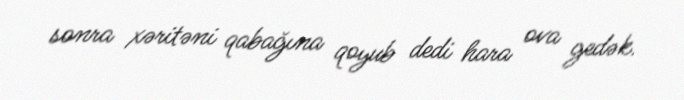
sonra xəritəni qabağına qoyub dedi hara ova gedək.